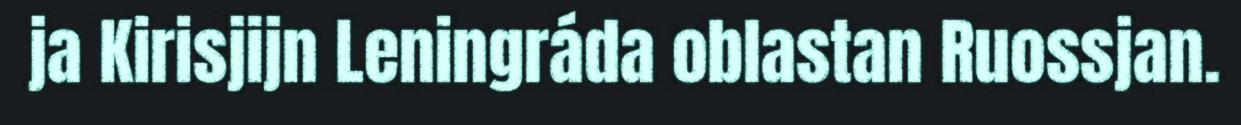
ja Kirisjijn Leningráda oblastan Ruossjan.